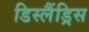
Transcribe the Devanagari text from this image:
डिस्लैंड्रिस